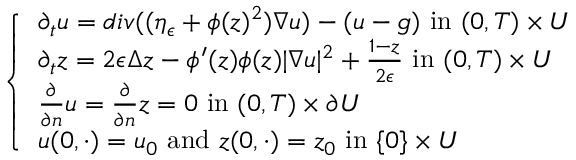
\left\{ \begin{array} { l l } { \partial _ { t } u = d i v ( ( \eta _ { \epsilon } + \phi ( z ) ^ { 2 } ) \nabla u ) - ( u - g ) \mathrm { ~ i n ~ } ( 0 , T ) \times U } \\ { \partial _ { t } z = 2 \epsilon \Delta z - \phi ^ { \prime } ( z ) \phi ( z ) | \nabla u | ^ { 2 } + \frac { 1 - z } { 2 \epsilon } \mathrm { ~ i n ~ } ( 0 , T ) \times U } \\ { \frac { \partial } { \partial n } u = \frac { \partial } { \partial n } z = 0 \mathrm { ~ i n ~ } ( 0 , T ) \times \partial U } \\ { u ( 0 , \cdot ) = u _ { 0 } \mathrm { ~ a n d ~ } z ( 0 , \cdot ) = z _ { 0 } \mathrm { ~ i n ~ } \{ 0 \} \times U } \end{array} \right.